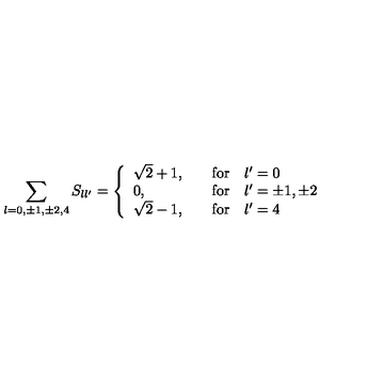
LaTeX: \sum _ { l = 0 , \pm 1 , \pm 2 , 4 } S _ { l l ^ { \prime } } = \left\{ \begin{array} { l l } { \sqrt { 2 } + 1 , } & { \quad \mathrm { f o r } \quad l ^ { \prime } = 0 } \\ { 0 , } & { \quad \mathrm { f o r } \quad l ^ { \prime } = \pm 1 , \pm 2 } \\ { \sqrt { 2 } - 1 , } & { \quad \mathrm { f o r } \quad l ^ { \prime } = 4 } \\ \end{array} \right.